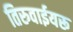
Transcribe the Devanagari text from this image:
तिरुवाईयरू